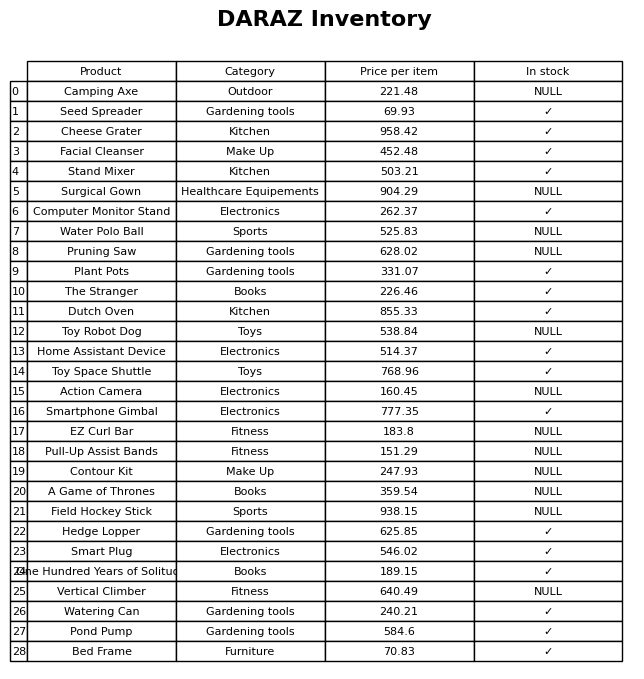
question: What is the price of the Water Polo Ball?
answer: The price of Water Polo Ball is 525.83.